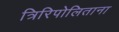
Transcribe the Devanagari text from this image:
त्रिरिपोलिताना